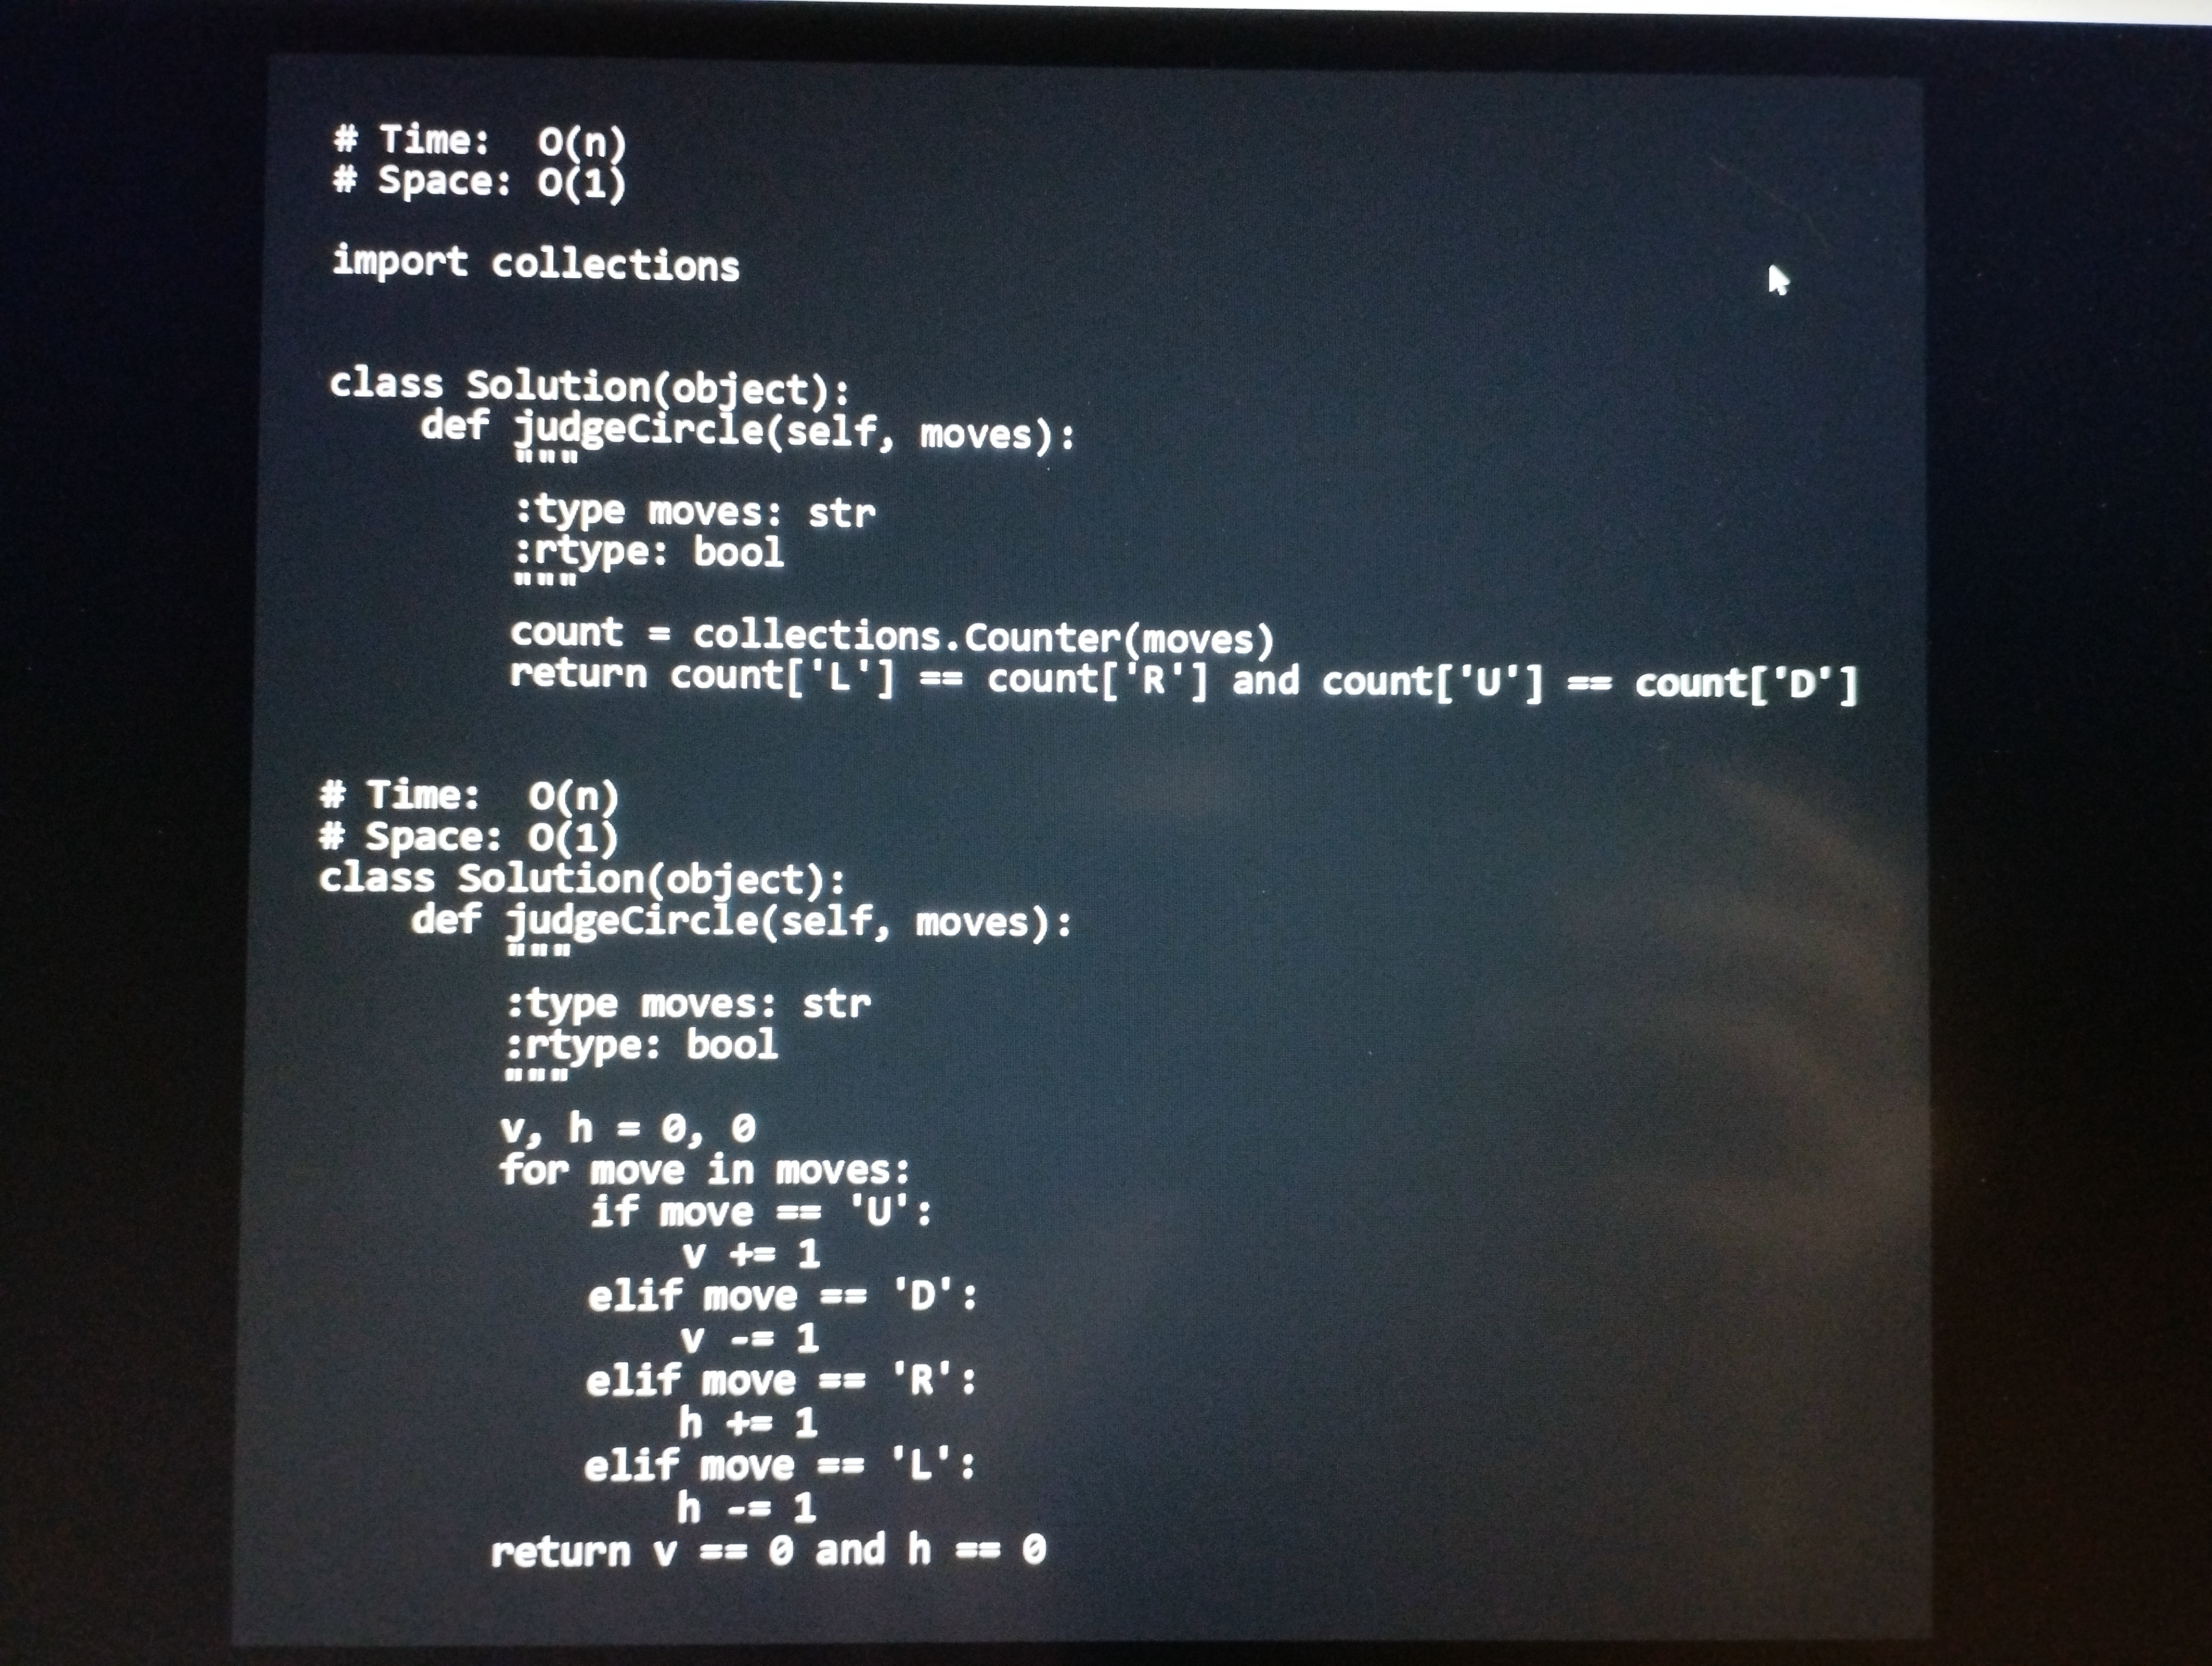
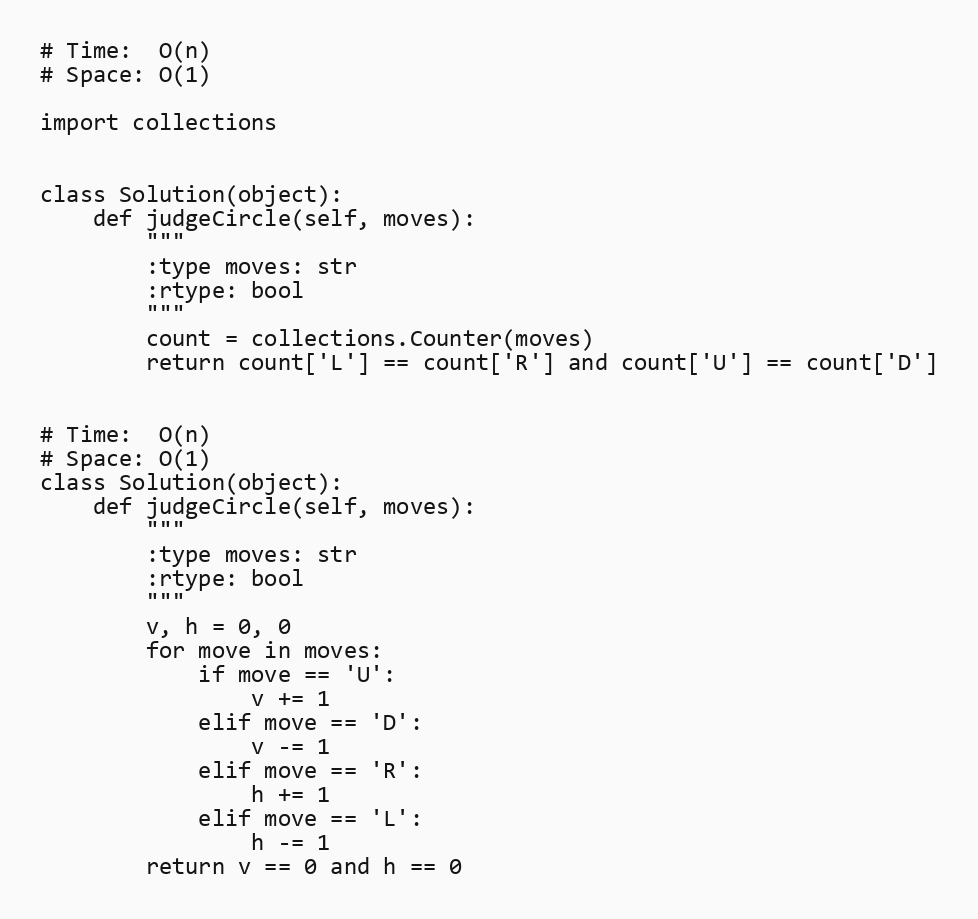
# Time:  O(n)
# Space: O(1)

import collections

class Solution(object):
    def judgeCircle(self, moves):
        """
        :type moves: str
        :rtype: bool
        """
        count = collections.Counter(moves)
        return count['L'] == count['R'] and count['U'] == count['D']

# Time:  O(n)
# Space: O(1)
class Solution(object):
    def judgeCircle(self, moves):
        """
        :type moves: str
        :rtype: bool
        """
        v, h = 0, 0
        for move in moves:
            if move == 'U':
                v += 1
            elif move == 'D':
                v -= 1
            elif move == 'R':
                h += 1
            elif move == 'L':
                h -= 1
        return v == 0 and h == 0